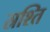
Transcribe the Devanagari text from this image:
स्रश्ति